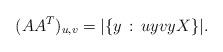
LaTeX: \begin{align*}(A A^T)_{u,v} = |\{y \,:\, uy vy X \}|.\end{align*}